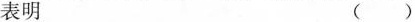
表明 ()